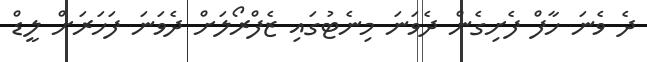
ދެ ވެނަ ހާފް ފެށިގެން ދެވަނަ މިނެޓުގައި ޒެފްރޯލަށް ދެވަނަ ފަހަރަށް ލީޑް